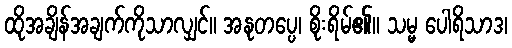
ထိုအချိန်အချက်ကိုသာလျှင်။ အနုတပ္ပေ၊ စိုးရိမ်၏။ သမ္မ ပေါရိသာဒ၊